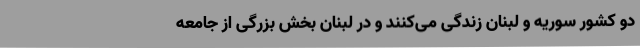
دو کشور سوریه و لبنان زندگی می‌کنند و در لبنان بخش بزرگی از جامعه